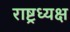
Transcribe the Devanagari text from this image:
राष्ट्रध्यक्ष